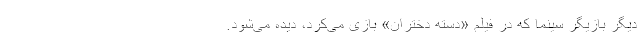
دیگر بازیگر سینما که در فیلم «دسته دختران» بازی می‌کرد، دیده می‌شود.